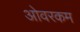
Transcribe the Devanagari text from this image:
ओवरकम